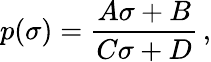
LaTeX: p(\sigma)=\frac{A\sigma+B}{C\sigma+D}\, ,